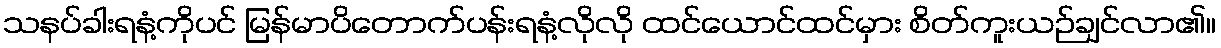
သနပ်ခါးရနံ့ကိုပင် မြန်မာပိတောက်ပန်းရနံ့လိုလို ထင်ယောင်ထင်မှား စိတ်ကူးယဉ်ချင်လာ၏။